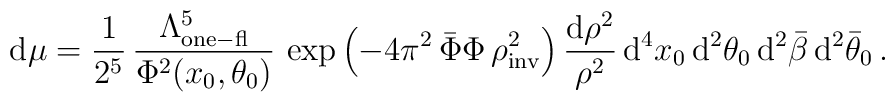
{\rm d}\mu = \frac{1}{2^{5}} \,\frac{\Lambda^5_{\rm one-fl}}{\Phi^2(x_0,\theta_0) }\,\exp\left(-4\pi^2\,\bar\Phi \Phi \,\rho^2_{\rm inv}\right) \frac{ {\rm d}\rho^2}{\rho^2}\, {\rm d}^4 x_0\, {\rm d}^2\theta_0 \, {\rm d}^2\bar\beta\,  {\rm d}^2\bar\theta_0 \, .